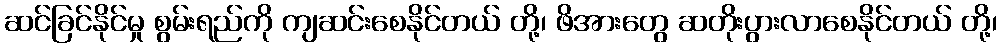
ဆင်ခြင်နိုင်မှု စွမ်းရည်ကို ကျဆင်းစေနိုင်တယ် တို့၊ ဖိအားတွေ ဆတိုးပွားလာစေနိုင်တယ် တို့၊